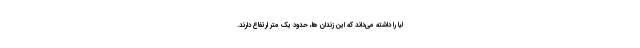
لیا را داشته می­داند که این زندان ها، حدودِ یک متر ارتفاع دارند.